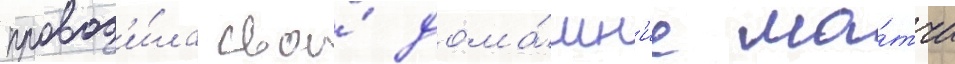
провод'и́ла свои́ дома́шн'ие ма́тчи